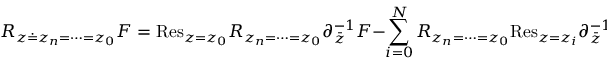
{ \cal R } _ { z \doteq z _ { n } = \cdots = z _ { 0 } } F = \mathrm { R e s } _ { z = z _ { 0 } } { \cal R } _ { z _ { n } = \cdots = z _ { 0 } } \partial _ { \bar { z } } ^ { - 1 } F - \sum _ { i = 0 } ^ { N } { \cal R } _ { z _ { n } = \cdots = z _ { 0 } } \mathrm { R e s } _ { z = z _ { i } } \partial _ { \bar { z } } ^ { - 1 } F .